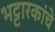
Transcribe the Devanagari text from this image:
भट्टारकांचे